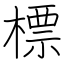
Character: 標